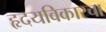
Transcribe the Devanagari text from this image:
हृदयविकारचा